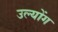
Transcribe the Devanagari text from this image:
उल्योंग